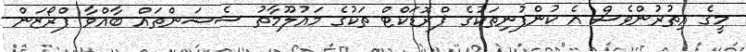
މީގެ އިތުރުންވެސް އެ ކުންފުނިތަކުގެ ޕްރޮޑަކްޓް ތަކުގެ މައުލޫމާތު ސެޝަންތައް ބާއްވާ ފްރޯޒަން